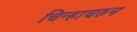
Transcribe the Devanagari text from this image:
चिन्हाचरुन